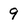
Character: 9